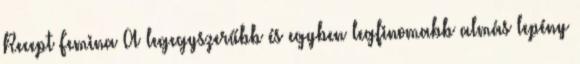
Recept Femina A legegyszerűbb és egyben legfinomabb almás lepény